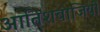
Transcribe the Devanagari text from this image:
आतिशबाजियों